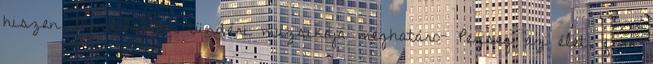
hiszen Mendelssohn tündéri muzsikája meghatáro- Pezseg az élet, forr